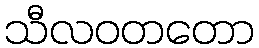
သီလဝတတော